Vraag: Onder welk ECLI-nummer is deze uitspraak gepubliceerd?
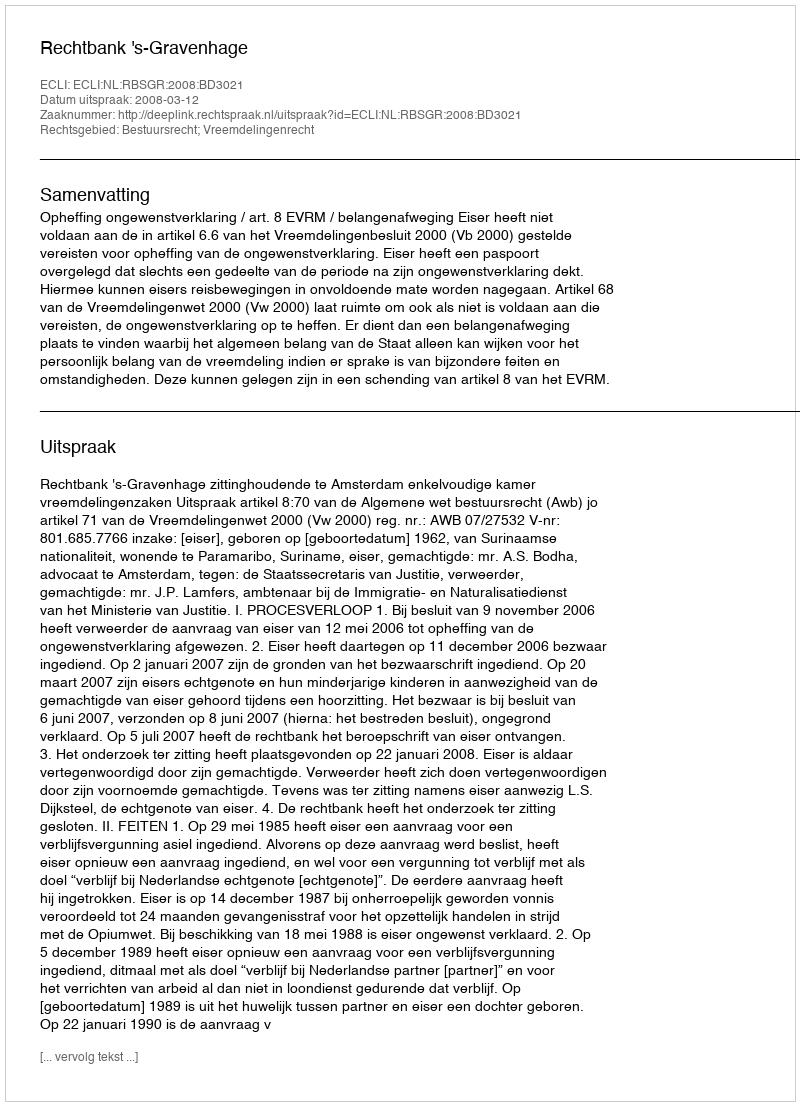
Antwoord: ECLI:NL:RBSGR:2008:BD3021